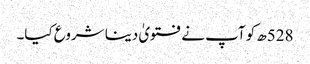
528ھ کو آپ نے فتویٰ دینا شروع کیا۔